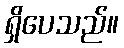
ရှိပေသည်။